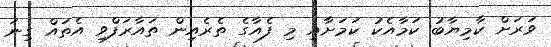
ވަރަށް ކާމިޔާބު ކަމާއެކު ކަމަށާއި މި ފެއާގެ ތެރެއިން ތައާރަފްވި އެތައް ގިނަ